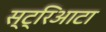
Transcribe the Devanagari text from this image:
स्ट्रिआटा